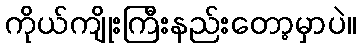
ကိုယ်ကျိုးကြီးနည်းတော့မှာပဲ။